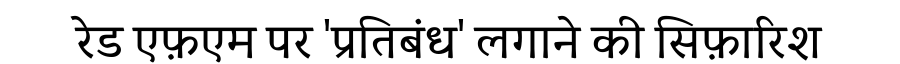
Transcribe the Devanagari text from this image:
रेड एफ़एम पर 'प्रतिबंध' लगाने की सिफ़ारिश